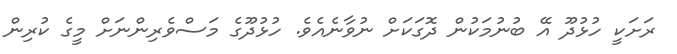
ރަށަކީ ހުޅުދޫ އޭ ބުނުމަކުން ދޮގަކަށް ނުވާނެއެވެ. ހުޅުދޫގެ މަސްވެރިންނަށް މީގެ ކުރިން